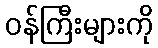
ဝန်ကြီးများကို